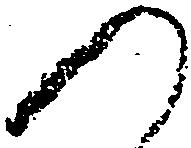
つ